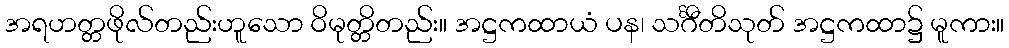
အရဟတ္တဖိုလ်တည်းဟူသော ဝိမုတ္တိတည်း။ အဋ္ဌကထာယံ ပန၊ သင်္ဂီတိသုတ် အဋ္ဌကထာ၌ မူကား။